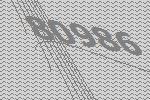
80986